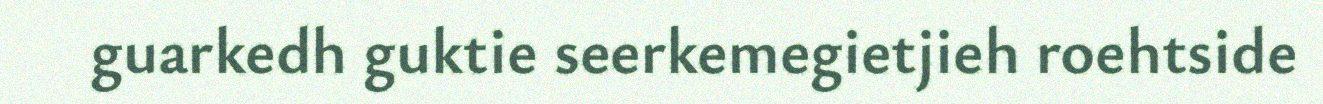
guarkedh guktie seerkemegietjieh roehtside